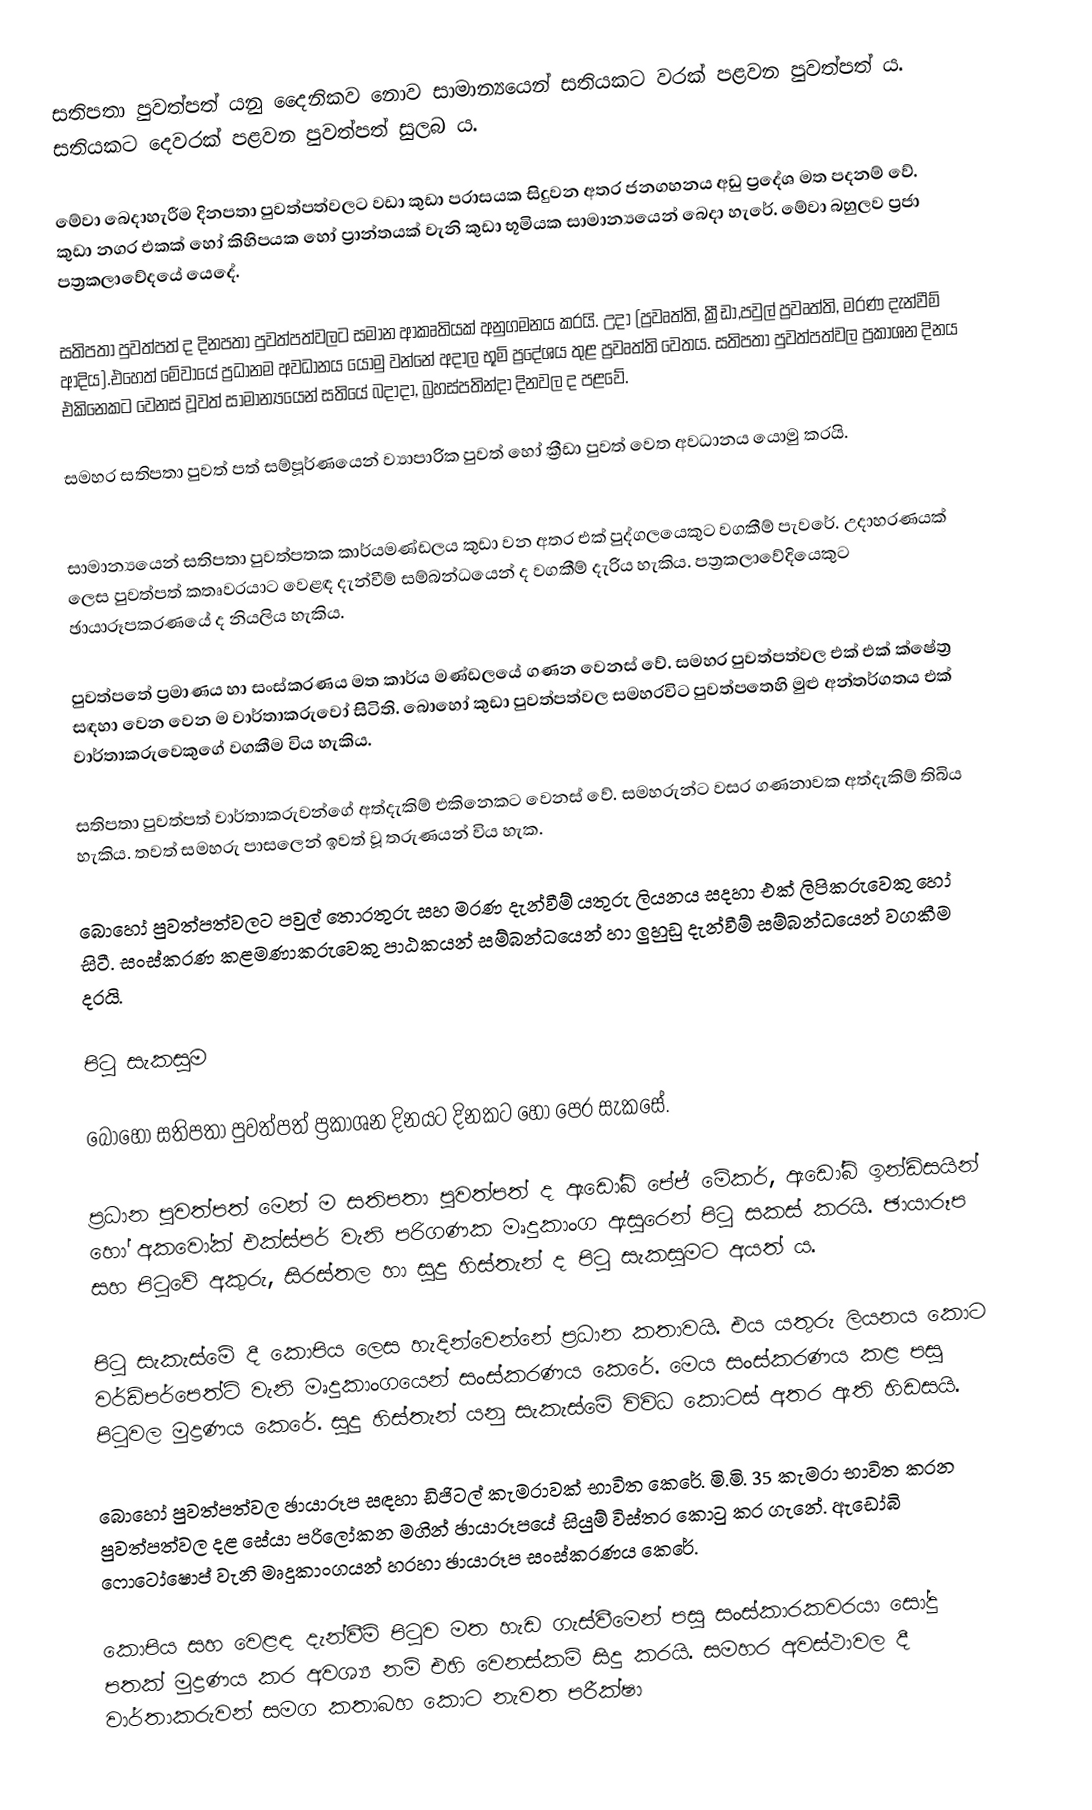
සතිපතා පුවත්පත් යනු දෛනිකව නොව සාමාන්‍යයෙන් සතියකට වරක් පළවන පුවත්පත් ය. සතියකට දෙවරක් පළවන පුවත්පත් සුලබ ය.

මේවා බෙදාහැරීම දිනපතා පුවත්පත්වලට වඩා කුඩා පරාසයක සිදුවන අතර ජනගහනය අඩු ප්‍රදේශ මත පදනම් වේ. කුඩා නගර එකක් හෝ කිහිපයක හෝ ප්‍රාන්තයක් වැනි කුඩා භූමියක සාමාන්‍යයෙන් බෙදා හැරේ. මේවා බහුලව ප්‍රජා පත්‍රකලාවේදයේ යෙදේ.

සතිපතා පුවත්පත් ද දිනපතා පුවත්පත්වලට සමාන ආකෘතියක් අනුගමනය කරයි. උදා (ප්‍රවෘත්ති, ක්‍රීඩා,පවුල් ප්‍රවෘත්ති, මරණ දැන්වීම් ආදිය).එහෙත් මේවායේ ප්‍රධානම අවධානය යොමු වන්නේ අදාල භූමි ප්‍රදේශය තුළ ප්‍රවෘත්ති වෙතය. සතිපතා පුවත්පත්වල ප්‍රකාශන දිනය එකිනෙකට වෙනස් වූවත් සාමාන්‍යයෙන් සතියේ බදාදා, බ්‍රහස්පතින්දා දිනවල ද පළවේ.

සමහර සතිපතා පුවත් පත් සම්පූර්ණයෙන් ව්‍යාපාරික පුවත් හෝ ක්‍රීඩා පුවත් වෙත අවධානය යොමු කරයි.

සාමාන්‍යයෙන් සතිපතා පුවත්පතක කාර්යමණ්ඩලය කුඩා වන අතර එක් පුද්ගලයෙකුට වගකීම් පැවරේ. උදාහරණයක් ලෙස පුවත්පත් කතෘවරයාට වෙළඳ දැන්වීම් සම්බන්ධයෙන් ද වගකීම් දැරිය හැකිය. පත්‍රකලාවේදියෙකුට ඡායාරූපකරණයේ ද නියලිය හැකිය.

පුවත්පතේ ප්‍රමාණය හා සංස්කරණය මත කාර්ය මණ්ඩලයේ ගණන වෙනස් වේ. සමහර පුවත්පත්වල එක් එක් ක්ෂේත්‍ර සඳහා වෙන වෙන ම වාර්තාකරුවෝ සිටිති. බොහෝ කුඩා පුවත්පත්වල සමහරවිට පුවත්පතෙහි මුළු අන්තර්ගතය එක් වාර්තාකරුවෙකුගේ වගකීම විය හැකිය.

සතිපතා පුවත්පත් වාර්තාකරුවන්ගේ අත්දැකිම් එකිනෙකට වෙනස් වේ. සමහරුන්ට වසර ගණනාවක අත්දැකිම් තිබිය හැකිය. තවත් සමහරු පාසලෙන් ඉවත් වූ තරුණයන් විය හැක.

බොහෝ පුවත්පත්වලට පවුල් තොරතුරු සහ මරණ දැන්වීම් යතුරු ලියනය සදහා එක් ලිපිකරුවෙකු හෝ සිටී. සංස්කරණ කළමණාකරුවෙකු පාඨකයන් සම්බන්ධයෙන් හා ලුහුඩු දැන්වීම් සම්බන්ධයෙන් වගකීම දරයි.

පිටු සැකසුම

බොහෝ සතිපතා පුවත්පත් ප්‍රකාශන දිනයට දිනකට හෝ පෙර සැකසේ.

ප්‍රධාන පුවත්පත් මෙන් ම සතිපතා පුවත්පත් ද ඇඩෝබ් පේජ් මේකර්, ඇඩෝබි ඉන්ඩිසයින් හෝ අකවෝක් එක්ස්පර් වැනි පරිගණක මෘදුකාංග ඇසුරෙන් පිටු සකස් කරයි. ඡායාරූප සහ පිටුවේ අකුරු, සිරස්තල හා සුදු හිස්තැන් ද පිටු සැකසුමට අයත් ය.

පිටු සැකැස්මේ දී කොපිය ලෙස හැදින්වෙන්නේ ප්‍රධාන කතාවයි. එය යතුරු ලියනය කොට වර්ඩ්පර්පෙත්ට් වැනි මෘදුකාංගයෙන් සංස්කරණය කෙරේ. මෙය සංස්කරණය කළ පසු පිටුවල මුද්‍රණය කෙරේ. සුදු හිස්තැන් යනු සැකැස්මේ විවිධ කොටස් අතර ඇති හිඩසයි.

බොහෝ පුවත්පත්වල ඡායාරූප සඳහා ඩිජිටල් කැමරාවක් භාවිත කෙරේ. මි.මි. 35 කැමරා භාවිත කරන පුවත්පත්වල දළ සේයා පරිලෝකන මගින් ඡායාරූපයේ සියුම් විස්තර කොටු කර ගැනේ. ඇඩෝබි ෆොටෝෂොප් වැනි මෘදුකාංගයන් හරහා ඡායාරූප සංස්කරණය කෙරේ.

කොපිය සහ වෙළඳ දැන්වීම් පිටුව මත හැඩ ගැස්වීමෙන් පසු සංස්කාරකවරයා සෝදු පතක් මුද්‍රණය කර අවශ්‍ය නම් එහි වෙනස්කම් සිදු කරයි. සමහර අවස්ථාවල දී වාර්තාකරුවන් සමග කතාබහ කොට නැවත පරීක්ෂා